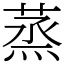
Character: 蒸